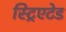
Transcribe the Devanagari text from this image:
स्ट्रिएटेड